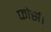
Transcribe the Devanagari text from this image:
फोर्स।